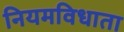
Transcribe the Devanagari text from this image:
नियमविधाता